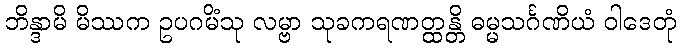
ဘိန္ဒာမိ မိဿက ဥပဂမိံသု လမ္ဗာ သုခကရဏတ္ထန္တိ ဓမ္မသင်္ဂဏိယံ ဝါဒေတုံ